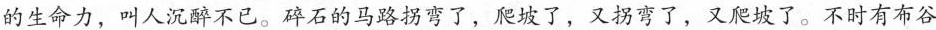
的生命力，叫人沉醉不已。碎石的马路拐弯了，爬坡了，又拐弯了，又爬坡了。不时有布谷